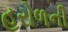
હરોળની